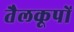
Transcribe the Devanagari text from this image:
तैलकूपों